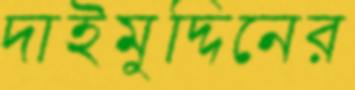
দাইমুদ্দিনের